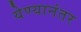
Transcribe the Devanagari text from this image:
येण्यानंतर